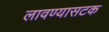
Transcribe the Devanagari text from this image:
लावण्यासटक